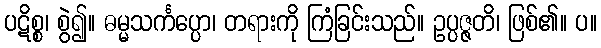
ပဋိစ္စ၊ စွဲ၍။ ဓမ္မသင်္ကပ္ပော၊ တရားကို ကြံခြင်းသည်။ ဥပ္ပဇ္ဇတိ၊ ဖြစ်၏။ ပ။